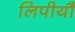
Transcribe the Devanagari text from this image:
लिपीयौं